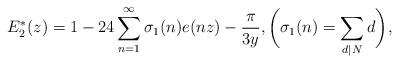
LaTeX: \begin{align*}E_{2}^{*}(z) = 1-24\sum_{n=1}^{\infty}\sigma_{1}(n)e(nz)-\frac{\pi}{3y}, \bigg(\sigma_{1}(n) = \sum_{d \mid N}d\bigg),\end{align*}